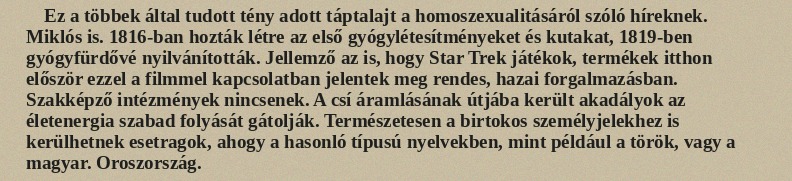
Ez a többek által tudott tény adott táptalajt a homoszexualitásáról szóló híreknek. Miklós is. 1816-ban hozták létre az első gyógylétesítményeket és kutakat, 1819-ben gyógyfürdővé nyilvánították. Jellemző az is, hogy Star Trek játékok, termékek itthon először ezzel a filmmel kapcsolatban jelentek meg rendes, hazai forgalmazásban. Szakképző intézmények nincsenek. A csí áramlásának útjába került akadályok az életenergia szabad folyását gátolják. Természetesen a birtokos személyjelekhez is kerülhetnek esetragok, ahogy a hasonló típusú nyelvekben, mint például a török, vagy a magyar. Oroszország.